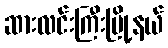
ဆားလင်းကြီးမြို့နယ်